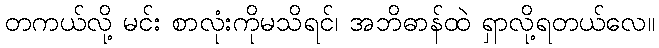
တကယ်လို့ မင်း စာလုံးကိုမသိရင်၊ အဘိဓာန်ထဲ ရှာလို့ရတယ်လေ။